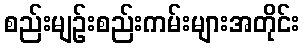
စည်းမျဉ်းစည်းကမ်းများအတိုင်း